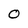
Character: O